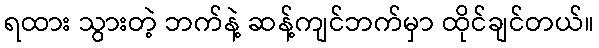
ရထား သွားတဲ့ ဘက်နဲ့ ဆန့်ကျင်ဘက်မှာ ထိုင်ချင်တယ်။